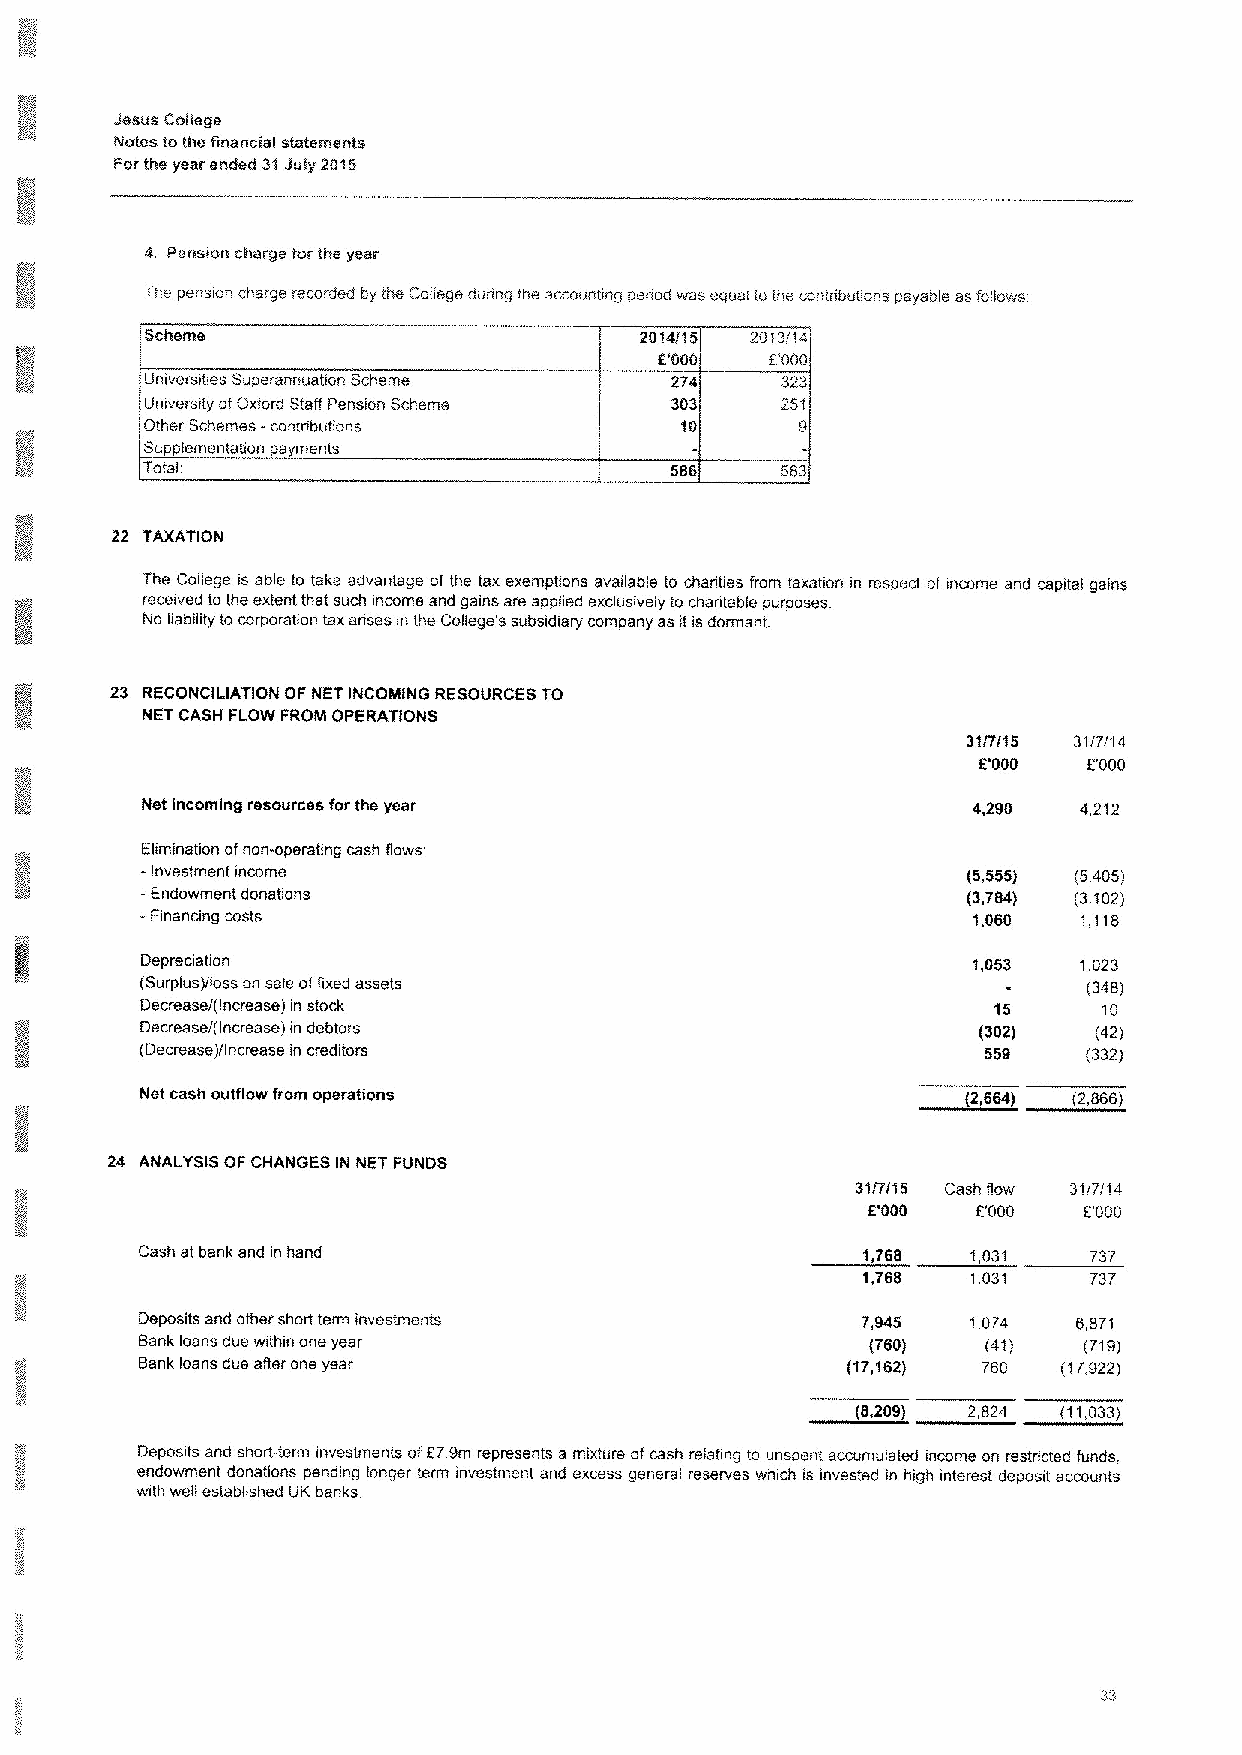
Jesus Colfege
 Notes tothe financial statements
 Forthe year ended 31July 2015
 4. Pension charge forthe year
 The pension charge recorded by the Coflegs during the arcountrng penod was squat to the cor,tnbutions payable a- foifows
 Universities Superannuation Scteme        323
 Umversrly ofOxford Staff Pension Scheme   251
 Other Schemes -contributions               9
 Suppfementation a ments
 Total
 22 TAXATION
 The College is able to take advantage ofthe tax exemptions evadable to chanties from taxation in respect of income and capital gains
 recerved to the extent that such income and gains are appfied exclusively to chantabie purposes
 No lfab&hty to corporatron tax anses rn the Colfege's subsidiary company as rtisdormant.
 23 RECONCILIATION OF NET INCOMING RESOURCES TO
 NET CASH FLOW FROM OPERATIONS
 31/7/I 5 31/?/14
 000   E000
 Net incoming resources forthe year                     4,290   4,212
 Elrmfnatton ofnon-operating cash flows
 -Investment income                                     (5,555) (5,405)
 -Endowment donations                                   (3,784) (3,102)
 -Financrng costs                                       1,060   1,118
 Depremation                                            1,053   1,023
 (Surplus)/foes on sale offixed assets                          (348)
 Decrease/(Increase) in stock                             15     10
 Decrease/(Increase) in debtors                          (302)   (42)
 (Decrease)/Increase in creditom                         559    (332)
 Net cash oufffow from operations                       (2,664) (2,866}
 24 ANALYSIS OF CHANGES IN NET FUNDS
 31/7/15 Cash flow 31/7/14
 6'000   E000   E000
 Cash at bank and in hand                        1,768  1,031   737
 1,768  i 031   737
 Deposits and other short term investments       7,945  1.074  6.871
 Bank loans due within one year                   (760)  (41)   (719)
 Bank loans due after one year                  (17,162) 760  (17,922)
 (S,209) 2,824 (11,033)
 Deposits and short-term investments of679m represents a mixture ofcash refating to unspent accumulated income on restricted funds.
 endowment donations pending longer term investment and excess general reserves which is invested in high interest deposit accounts
 with wefl established UK banks